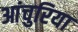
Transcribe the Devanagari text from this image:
आंचुरिया